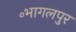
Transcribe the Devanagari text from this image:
॰भागलपुर